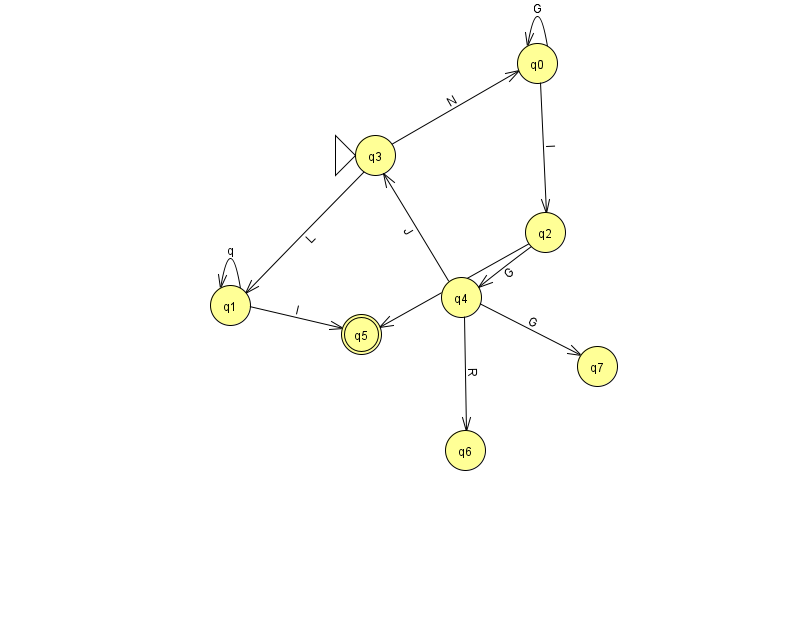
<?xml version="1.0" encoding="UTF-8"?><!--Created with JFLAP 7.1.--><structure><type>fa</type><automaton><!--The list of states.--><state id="0" name="q0"><x>537.0</x><y>50.0</y></state><state id="1" name="q1"><x>230.0</x><y>292.0</y></state><state id="2" name="q2"><x>545.0</x><y>219.0</y></state><state id="3" name="q3"><x>375.0</x><y>142.0</y><initial/></state><state id="4" name="q4"><x>461.0</x><y>284.0</y></state><state id="5" name="q5"><x>361.0</x><y>321.0</y><final/></state><state id="6" name="q6"><x>465.0</x><y>437.0</y></state><state id="7" name="q7"><x>597.0</x><y>353.0</y></state><!--The list of transitions.--><transition><from>3</from><to>1</to><read>L</read></transition><transition><from>1</from><to>1</to><read>q</read></transition><transition><from>4</from><to>3</to><read>J</read></transition><transition><from>4</from><to>6</to><read>R</read></transition><transition><from>1</from><to>5</to><read>I</read></transition><transition><from>0</from><to>0</to><read>G</read></transition><transition><from>2</from><to>4</to><read>G</read></transition><transition><from>4</from><to>7</to><read>G</read></transition><transition><from>0</from><to>2</to><read>l</read></transition><transition><from>3</from><to>0</to><read>N</read></transition><transition><from>2</from><to>5</to><read>o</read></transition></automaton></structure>